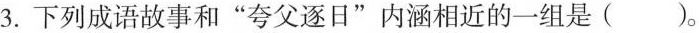
3.下列成语故事和”夸父逐日”内涵相近的一组是()。